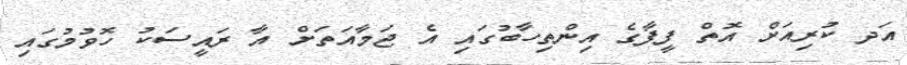
އަދ ކުރިއަށް އޮތް ފީފާގެ އިންތިހާބުގައި އެ ޖަމާއަތަށް އާ ރައީސަކު ހޮވުމުގައި